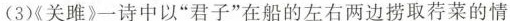
(3)《关雎》一诗中以”君子”在船的左右两边捞取荇菜的情